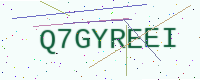
Text: Q7GYREEI